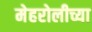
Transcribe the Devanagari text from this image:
मेहरोलीच्या